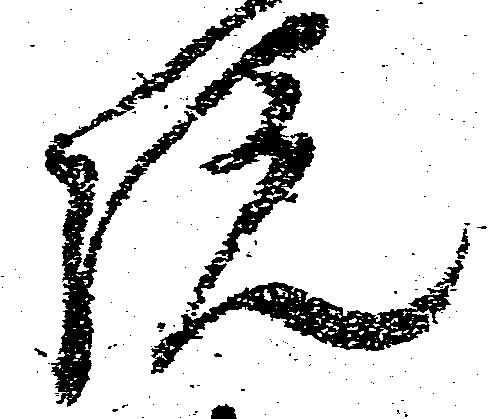
院